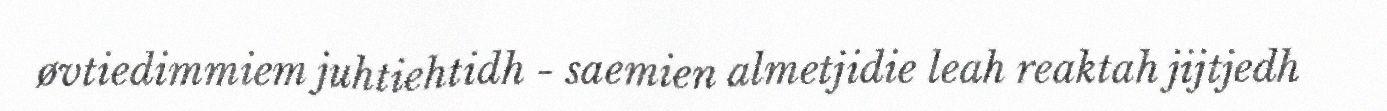
øvtiedimmiem juhtiehtidh - saemien almetjidie leah reaktah jijtjedh